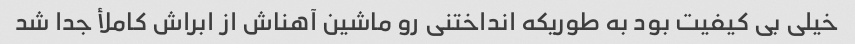
خیلی بی کیفیت بود به طوریکه انداختنی رو ماشین آهناش از ابراش کاملأ جدا شد